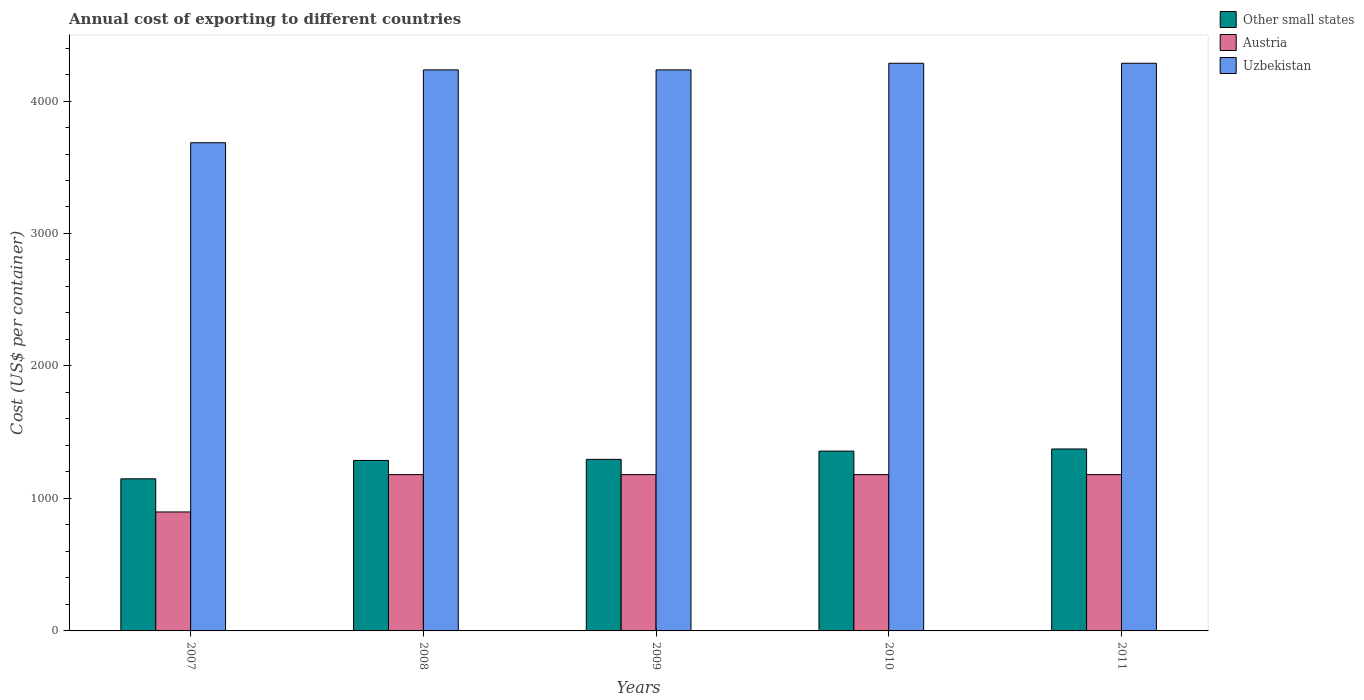
| Years | Other small states | Austria | Uzbekistan |
 | --- | --- | --- | --- |
 | 2007 | 1.15e+03 | 898 | 3.68e+03 |
 | 2008 | 1.29e+03 | 1.18e+03 | 4.24e+03 |
 | 2009 | 1.3e+03 | 1.18e+03 | 4.24e+03 |
 | 2010 | 1.36e+03 | 1.18e+03 | 4.28e+03 |
 | 2011 | 1.37e+03 | 1.18e+03 | 4.28e+03 |